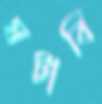
ঘটাবি